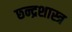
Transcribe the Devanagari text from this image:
छ्न्द्रशास्त्र